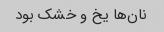
نان‌ها یخ و خشک بود